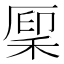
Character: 𫀳